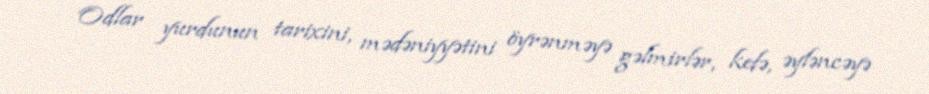
Odlar yurdunun tarixini, mədəniyyətini öyrənməyə gəlmirlər, kefə, əyləncəyə